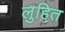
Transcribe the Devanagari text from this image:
लुहित